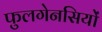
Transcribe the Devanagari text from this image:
फुलगेनसियों